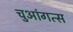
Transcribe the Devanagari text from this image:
चुआंगत्स